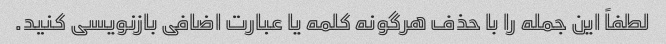
لطفاً این جمله را با حذف هرگونه کلمه یا عبارت اضافی بازنویسی کنید.